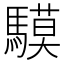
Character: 䮬